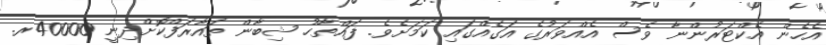
އެހެން އެކްޓަރުންނާ ވެސް އެއްވަރުގެ އަގެއްގައި ކަމަށެވެ. ފައްތާހު ޝިބާން ތައާރަފްކޮށްދިނީ 40000ރ.